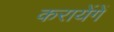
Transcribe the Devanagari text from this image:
करायेंगें